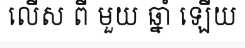
លើស ពី មួយ ឆ្នាំ ឡើយ